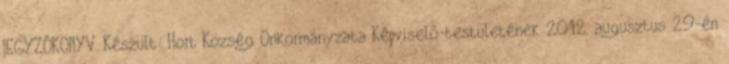
JEGYZŐKÖNYV. Készült: Hort Község Önkormányzata Képviselő-testületének 2012. augusztus 29-én